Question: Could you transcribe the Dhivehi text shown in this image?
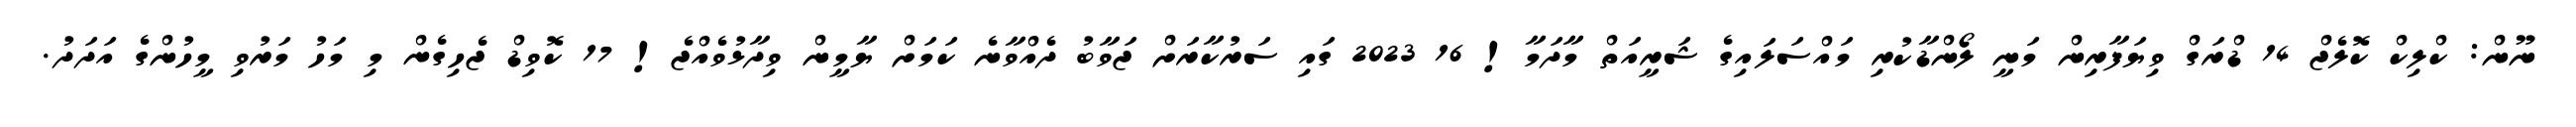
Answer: ނޫން: ކްލިކް ކޮލެޖް 14 ޑްރަގް ވިޔަފާރިން މަނީ ލޯންޑާކުރި މައްސަލައިގެ ޝަރީއަތް މާދަމާ! 16 2023 ގައި ސަރުކާރަށް ޖަވާބު ދެއްވާނެ ކަމަށް ޔާމީން ވިދާޅުވެއްޖެ! 17 ކޮވިޑް ޖެހިގެން މި މަހު މަރުވި މީހުންގެ އަދަދު.